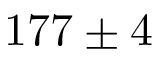
1 7 7 \pm 4